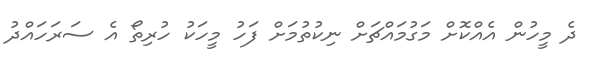
ދެ މީހުން އެއްކޮށް މަގުމައްޗަށް ނިކުތުމަށް ފަހު މީހަކު ހުރިތޯ އެ ސަރަހައްދު